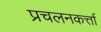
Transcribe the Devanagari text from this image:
प्रचलनकर्त्ता